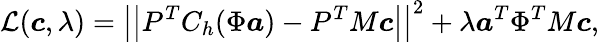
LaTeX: \mathcal{L}(\boldsymbol{c},\lambda)=\left|\left|P^{T}C_{h}(\Phi\boldsymbol{a})-P^{T}M\boldsymbol{c}\right|\right|^{2}+\lambda\boldsymbol{a}^{T}\Phi^{T}M\boldsymbol{c},